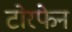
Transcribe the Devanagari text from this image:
टोरफेन